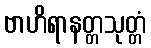
ဗာဟိရာနတ္တသုတ္တံ